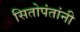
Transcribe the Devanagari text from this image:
सितोपंतांनी